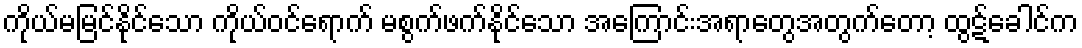
ကိုယ်မမြင်နိုင်သော ကိုယ်ဝင်ရောက် မစွက်ဖက်နိုင်သော အကြောင်းအရာတွေအတွက်တော့ ထွဋ်ခေါင်က